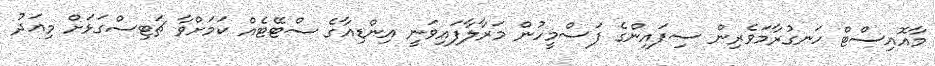
މާއޮއިސްޓް ހަނގުރާމަވެރިން ސިފައިންގެ ފަސްމީހުން މަރާލާފައިވަނީ އިންޑިއާގެ ސްޓޭޓެއް ކަމަށްވާ ޗަޓިސްގަޅަށް މިއަދު